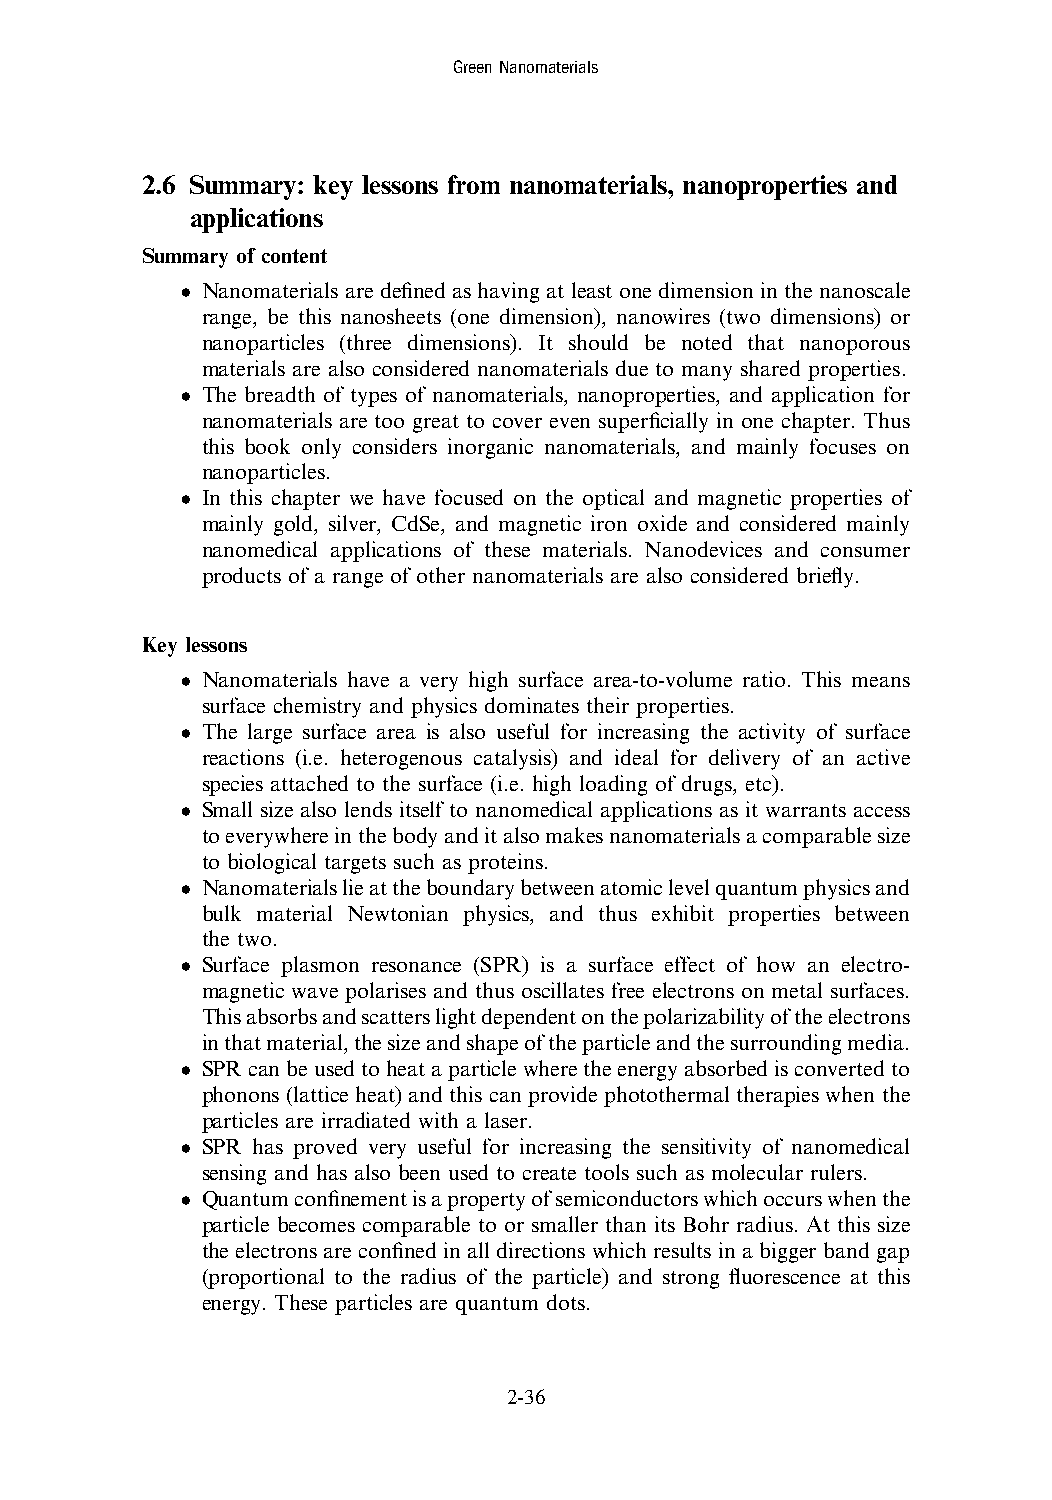
GreenNanomaterials
 2.6 Summary: key lessons from nanomaterials, nanoproperties and
 applications
 Summary of content
 • Nanomaterials are defined as having at least one dimension in the nanoscale
 range, be this nanosheets (one dimension), nanowires (two dimensions) or
 nanoparticles (three dimensions). It should be noted that nanoporous
 materials are also considered nanomaterials due to many shared properties.
 • The breadth of types of nanomaterials, nanoproperties, and application for
 nanomaterials are too great to cover even superficially in one chapter. Thus
 this book only considers inorganic nanomaterials, and mainly focuses on
 nanoparticles.
 • In this chapter we have focused on the optical and magnetic properties of
 mainly gold, silver, CdSe, and magnetic iron oxide and considered mainly
 nanomedical applications of these materials. Nanodevices and consumer
 products of a range of other nanomaterials are also considered briefly.
 Key lessons
 • Nanomaterials have a very high surface area-to-volume ratio. This means
 surface chemistry and physics dominates their properties.
 • The large surface area is also useful for increasing the activity of surface
 reactions (i.e. heterogenous catalysis) and ideal for delivery of an active
 species attached to the surface (i.e. high loading of drugs, etc).
 • Small size also lends itself to nanomedical applications as it warrants access
 toeverywhereinthebodyanditalsomakesnanomaterialsacomparablesize
 to biological targets such as proteins.
 • Nanomaterialslieattheboundarybetweenatomiclevelquantumphysicsand
 bulk material Newtonian physics, and thus exhibit properties between
 the two.
 • Surface plasmon resonance (SPR) is a surface effect of how an electro-
 magnetic wave polarises and thus oscillates free electrons on metal surfaces.
 Thisabsorbsandscatterslightdependentonthepolarizabilityoftheelectrons
 inthatmaterial,thesizeandshapeoftheparticleandthesurroundingmedia.
 • SPRcanbeusedtoheataparticlewheretheenergyabsorbedisconvertedto
 phonons (lattice heat) and this can provide photothermal therapies when the
 particles are irradiated with a laser.
 • SPR has proved very useful for increasing the sensitivity of nanomedical
 sensing and has also been used to create tools such as molecular rulers.
 • Quantumconfinementisapropertyofsemiconductorswhichoccurswhenthe
 particle becomes comparable to or smaller than its Bohr radius. At this size
 the electrons are confined in all directions which results in a bigger band gap
 (proportional to the radius of the particle) and strong fluorescence at this
 energy. These particles are quantum dots.
 2-36